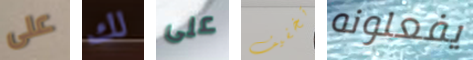
على لك على تخفيف يفعلونه